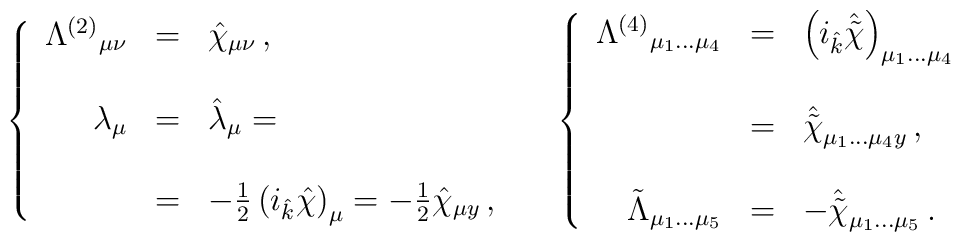
\left\{\begin{array}{rcl}\Lambda^{(2)}{}_{\mu\nu} & = & \hat{\chi}_{\mu\nu}\, ,\\& & \\\lambda_{\mu} & = & \hat{\lambda}_{\mu} = \\& & \\& = &-\frac{1}{2}\left(i_{\hat{k}}\hat{\chi}\right)_{\mu} = -\frac{1}{2}\hat{\chi}_{\mu y}\, ,\\\end{array}\right.\hspace{.5cm}\left\{\begin{array}{rcl}\Lambda^{(4)}{}_{\mu_{1}\ldots\mu_{4}} & = & \left(i_{\hat{k}}\hat{\tilde{\chi}} \right)_{\mu_{1}\ldots\mu_{4}} \\& & \\& = &\hat{\tilde{\chi}}_{\mu_{1}\ldots\mu_{4}y}\, ,\\& & \\\tilde{\Lambda}_{\mu_{1}\ldots\mu_{5}} & = & -\hat{\tilde{\chi}}_{\mu_{1}\ldots\mu_{5}}\, .\\\end{array}\right.